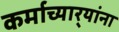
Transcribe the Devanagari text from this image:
कर्माच्यार्‍यांना